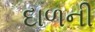
દાળની